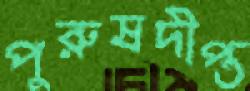
পুরুষদীপ্ত